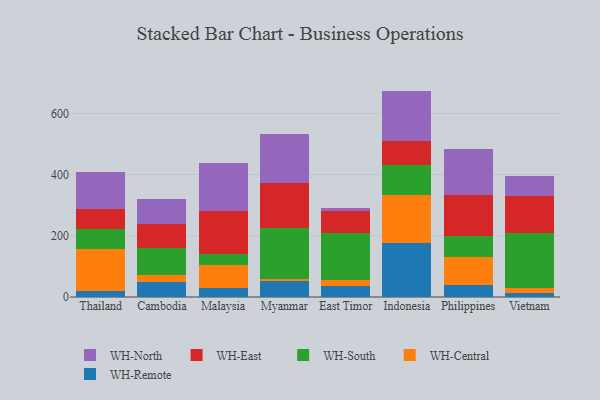
{"axis": {"x": "Country", "y": "Satisfaction Score"}, "legend": ["WH-Central", "WH-East", "WH-North", "WH-Remote", "WH-South"], "data": [{"x": "Thailand", "y": 20.5, "type": "WH-Remote"}, {"x": "Thailand", "y": 136.9, "type": "WH-Central"}, {"x": "Thailand", "y": 63.9, "type": "WH-South"}, {"x": "Thailand", "y": 64.8, "type": "WH-East"}, {"x": "Thailand", "y": 122.8, "type": "WH-North"}, {"x": "Cambodia", "y": 47.9, "type": "WH-Remote"}, {"x": "Cambodia", "y": 24.9, "type": "WH-Central"}, {"x": "Cambodia", "y": 86.7, "type": "WH-South"}, {"x": "Cambodia", "y": 78.6, "type": "WH-East"}, {"x": "Cambodia", "y": 81.2, "type": "WH-North"}, {"x": "Malaysia", "y": 29.6, "type": "WH-Remote"}, {"x": "Malaysia", "y": 74.1, "type": "WH-Central"}, {"x": "Malaysia", "y": 37.9, "type": "WH-South"}, {"x": "Malaysia", "y": 139.4, "type": "WH-East"}, {"x": "Malaysia", "y": 155.9, "type": "WH-North"}, {"x": "Myanmar", "y": 51.0, "type": "WH-Remote"}, {"x": "Myanmar", "y": 8.4, "type": "WH-Central"}, {"x": "Myanmar", "y": 166.2, "type": "WH-South"}, {"x": "Myanmar", "y": 146.1, "type": "WH-East"}, {"x": "Myanmar", "y": 160.0, "type": "WH-North"}, {"x": "East Timor", "y": 37.6, "type": "WH-Remote"}, {"x": "East Timor", "y": 18.0, "type": "WH-Central"}, {"x": "East Timor", "y": 154.1, "type": "WH-South"}, {"x": "East Timor", "y": 70.0, "type": "WH-East"}, {"x": "East Timor", "y": 11.5, "type": "WH-North"}, {"x": "Indonesia", "y": 176.8, "type": "WH-Remote"}, {"x": "Indonesia", "y": 155.6, "type": "WH-Central"}, {"x": "Indonesia", "y": 99.9, "type": "WH-South"}, {"x": "Indonesia", "y": 77.2, "type": "WH-East"}, {"x": "Indonesia", "y": 164.3, "type": "WH-North"}, {"x": "Philippines", "y": 40.8, "type": "WH-Remote"}, {"x": "Philippines", "y": 90.1, "type": "WH-Central"}, {"x": "Philippines", "y": 67.6, "type": "WH-South"}, {"x": "Philippines", "y": 135.4, "type": "WH-East"}, {"x": "Philippines", "y": 150.7, "type": "WH-North"}, {"x": "Vietnam", "y": 13.6, "type": "WH-Remote"}, {"x": "Vietnam", "y": 16.7, "type": "WH-Central"}, {"x": "Vietnam", "y": 177.8, "type": "WH-South"}, {"x": "Vietnam", "y": 122.7, "type": "WH-East"}, {"x": "Vietnam", "y": 64.6, "type": "WH-North"}]}